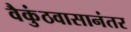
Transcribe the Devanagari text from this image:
वैकुंठवासानंतर